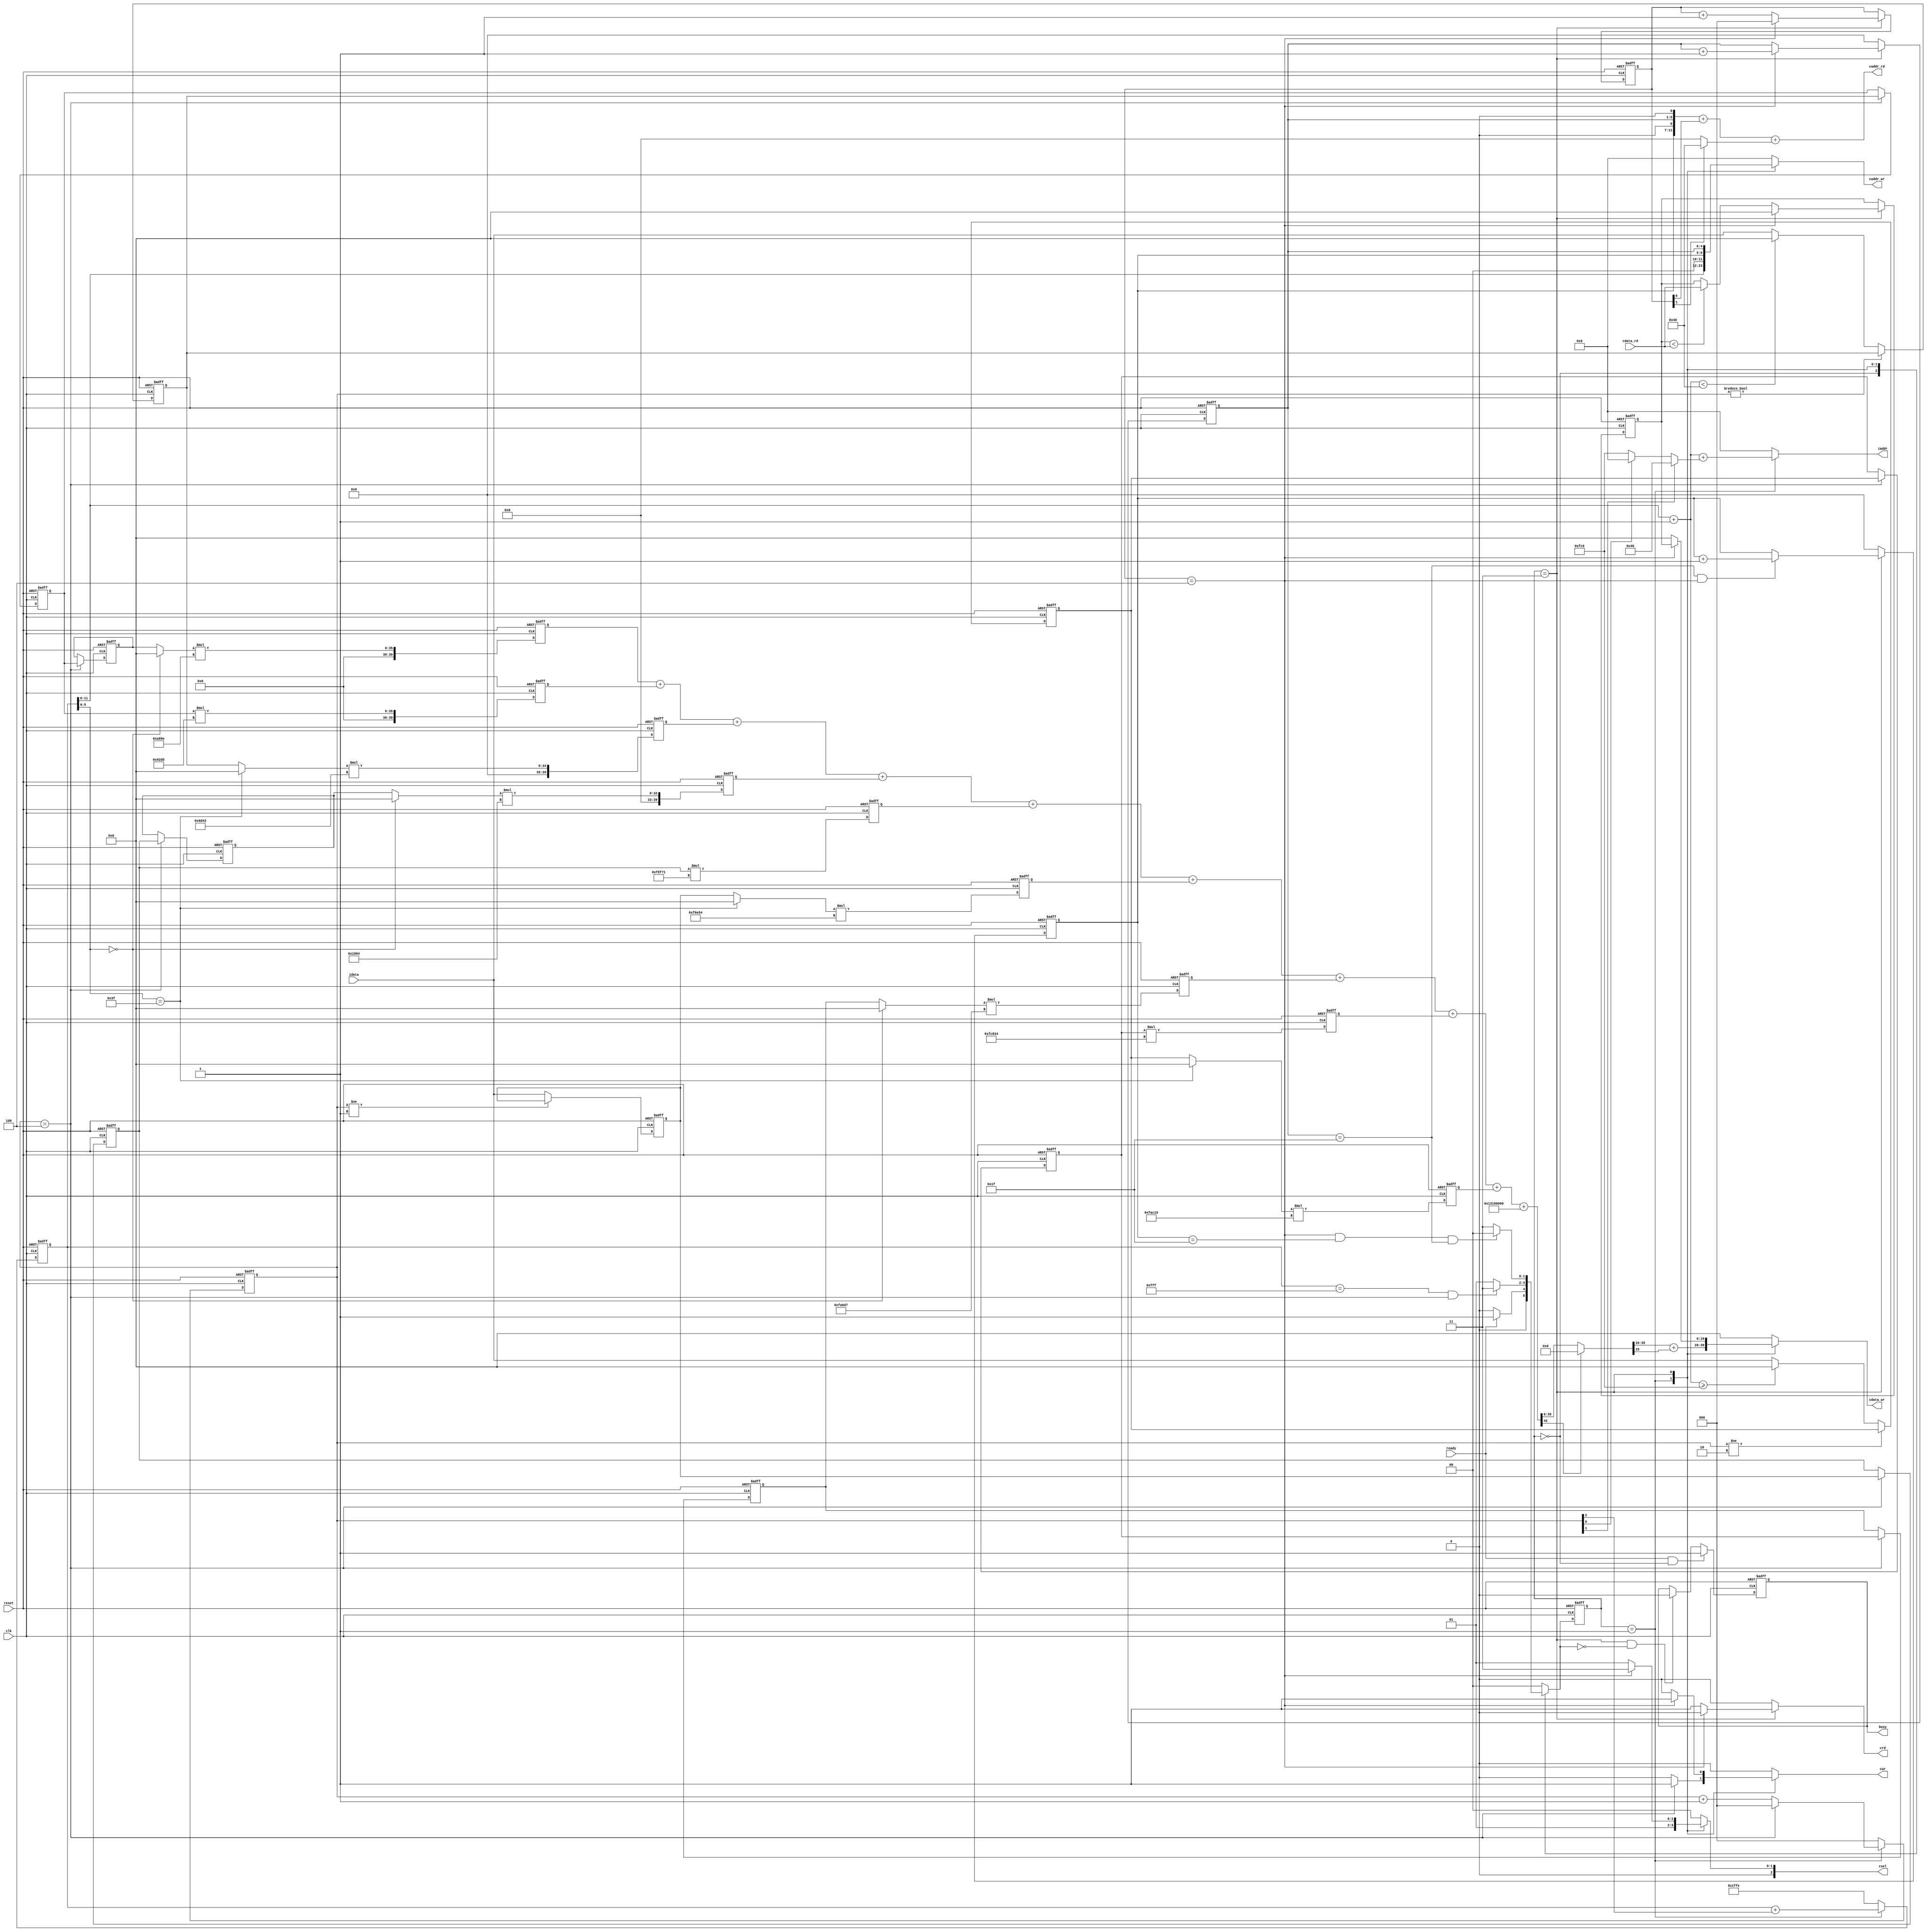

`timescale 1ns/10ps

module  CONV(
	input		clk,
	input		reset,
	output reg  busy,	
	input		ready,	
			
	output reg [11:0]iaddr,
	input [19:0]idata,	
	
	output reg	cwr,
	output reg [11:0]caddr_wr,
	output reg [19:0]cdata_wr,
	
	output	 	crd,
	output[11:0]caddr_rd,
	input [19:0]cdata_rd,
	
	output reg [2:0]csel
);

// --------------------------------------------------------
// share data
// --------------------------------------------------------
//reg cwr_0;
wire [11:0] caddr_wr_0;
wire [19:0] cdata_wr_0;
wire cwr_0, cwr_1;
//reg [2:0] csel_0;

wire eof_L1;
wire [2:0] csel_1;
wire [11:0]caddr_wr_1;
wire [19:0]cdata_wr_1;
reg [19:0]buffer_comp;

// -------------------------------------------------------
// reg & wire
// -------------------------------------------------------
reg signed [19:0] window[8:0];
wire signed [19:0]window_0[2:0];
wire signed [19:0]window_L[2:0]; //last
wire signed [42:0] sum;
wire signed [42:0] after_bias;
wire signed [42:0] Relu_result;
wire signed [19:0]final_result;

wire [11:0] offset;
wire [11:0] iaddr_temp;
reg  signed [39:0] sum_reg[8:0]; 

// cao
reg [2:0]state_cnt;
reg [4:0]row_cnt;
reg [4:0]col_cnt;
wire [11:0]temp;

// henry
reg [2:0] cnt;
reg [12:0] iaddr_cnt;

wire   eof_L0;
// -------------------------------------------------------
// parameter & genvar
// -------------------------------------------------------
parameter S_READY  = 2'b00;
parameter S_LAYER0 = 2'b01;
parameter S_LAYER1 = 2'b11;

parameter signed kernel_0 = 20'h0A89E;
parameter signed kernel_1 = 20'h092D5;
parameter signed kernel_2 = 20'h06D43;
parameter signed kernel_3 = 20'h01004;
parameter signed kernel_4 = 20'hF8F71;
parameter signed kernel_5 = 20'hF6E54;
parameter signed kernel_6 = 20'hFA6D7;
parameter signed kernel_7 = 20'hFC834;
parameter signed kernel_8 = 20'hFAC19;


reg [1:0] c_state,n_state;

genvar i;


// -------------------------------------------------------
// Design 
// -------------------------------------------------------
assign window_0[0] = (iaddr_cnt[5:0] == 'd0) ? 20'd0 :  window[0];
assign window_0[1] = (iaddr_cnt[5:0] == 'd0) ? 20'd0 :  window[3];
assign window_0[2] = (iaddr_cnt[5:0] == 'd0) ? 20'd0 :  window[6];

assign window_L[0] = (iaddr_cnt[5:0] == 'd63) ? 20'd0 :  window[2];
assign window_L[1] = (iaddr_cnt[5:0] == 'd63) ? 20'd0 :  window[5];
assign window_L[2] = (iaddr_cnt[5:0] == 'd63) ? 20'd0 :  window[8];

// =============================================================================
assign eof_L0 = (iaddr_cnt == 13'h0fff && cnt == 3'd4);  
assign after_bias = sum + {4'd0,20'h01310,16'd0}; 
assign Relu_result = (after_bias[42])? 43'd0: after_bias;
assign final_result = $signed(Relu_result[35:16]) + {19'd0,Relu_result[15]};
// =============================================================================
assign cwr_0 = (cnt == 3'd4) ? 1'b1 : 1'b0;
assign cdata_wr_0 = final_result;
assign caddr_wr_0 = iaddr_cnt;

wire [19:0] window_w[8:0];

assign {window_w[8],window_w[7],window_w[6],window_w[5],window_w[4],window_w[3],window_w[2],window_w[1],window_w[0]} = {window_L[2],window[7],window_0[2],window_L[1],window[4],window_0[1],window_L[0],window[1],window_0[0]};


assign sum = sum_reg[0] + sum_reg[1] + sum_reg[2]+ sum_reg[3]+ sum_reg[4]+ sum_reg[5]+ sum_reg[6]+ sum_reg[7]+ sum_reg[8];

always @(posedge clk or posedge reset) begin
    if (reset) begin
        sum_reg[0] <= 40'd0;       
        sum_reg[1] <= 40'd0;       
        sum_reg[2] <= 40'd0;       
        sum_reg[3] <= 40'd0;       
        sum_reg[4] <= 40'd0;       
        sum_reg[5] <= 40'd0;       
        sum_reg[6] <= 40'd0;       
        sum_reg[7] <= 40'd0;       
        sum_reg[8] <= 40'd0;       
    end
    else begin
        sum_reg[0] <= window_0[0]*kernel_0;
        sum_reg[1] <= window[1]*kernel_1;             
        sum_reg[2] <= window_L[0]*kernel_2; 
        sum_reg[3] <= window_0[1]*kernel_3; 
        sum_reg[4] <= window[4]*kernel_4; 
        sum_reg[5] <= window_L[1]*kernel_5; 
        sum_reg[6] <= window_0[2]*kernel_6;  
        sum_reg[7] <= window[7]*kernel_7; 
        sum_reg[8] <= window_L[2]*kernel_8; 
    end     
end


                                 
generate                         
for (i = 0; i < 9; i = i + 1) begin
    if (i == 2 || i == 5 || i == 8) begin
        always @(posedge clk or posedge reset) begin
            if (reset) window[i] <=  20'd0;
            else begin
                if (i == 2) begin
                    if (cnt != 2'd0) window[i] <= window[i];
                    else if (iaddr_temp < 12'd64) window[i] <= 20'd0;
                    else window[i] <= idata;
                end
                else if (i == 5) begin
                    if (cnt != 2'd1) window[i] <= window[i];
                    else window[i] <= idata;
                end 
                else if (i == 8) begin
                    if (cnt != 2'd2) window[i] <= window[i];
                    else if (iaddr_temp >= 12'd4032) window[i] <= 20'd0;
                    else window[i] <= idata;
                end
            end
        end
    end 
    else begin
        always @(posedge clk or posedge reset) begin
            if (reset) window[i] <=  20'd0;
            else if (cnt == 3'd4) window[i] <= window[i + 1];
            else window[i] <= window[i];
        end
    end
end
endgenerate 

always @(posedge clk or posedge reset) begin
    if (reset) cnt <= 3'd0;
    else begin
        case (c_state) 
            S_LAYER0 : cnt <= (cnt == 3'd4) ? 3'd0 : cnt + 3'd1;
            default : cnt <= 3'd0;
        endcase 
    end
end

always @(posedge clk or posedge reset) begin
    if (reset) iaddr_cnt <= 13'b111_1111_11_1110;
    else begin
        if (c_state == S_LAYER0) iaddr_cnt <= iaddr_cnt + {12'd0, cnt[2]};
        else iaddr_cnt <= 13'b111_1111_11_1110;
    end
end
//--------error-------------------------------------------

assign iaddr_temp = iaddr_cnt + 12'd1;
assign offset = (cnt[1]) ? 12'd64 : (cnt[0]) ? 12'd0: -12'd64;
always @(*) begin
    if (c_state == S_LAYER0) iaddr = iaddr_temp + offset; 
    else iaddr = 12'd0;
end


// -------------------------------------------------------
// Output 
// -------------------------------------------------------




//-------------FSM---------------------//
always@(posedge clk, posedge reset)begin
	if(reset)
		c_state <= S_READY;
	else
		c_state <= n_state;
end

always@(*)begin
	case(c_state)
	S_READY: if(ready) n_state = S_LAYER0; else n_state = S_READY;
	S_LAYER0:if(eof_L0) n_state = S_LAYER1; else n_state = S_LAYER0;
	S_LAYER1:if(eof_L1) n_state = S_READY;  else n_state = S_LAYER1;
	default: n_state = S_READY;
	endcase
end


//------------output block ----------//
always@(posedge clk, posedge reset)begin
	if(reset)
		busy <= 1'b0;
	else
		if(ready && c_state == S_READY)
			busy <= 1'b1;
		else if(c_state == S_LAYER1 && n_state == S_READY)
			busy <= 1'b0;
		else	
			busy <= busy;
end


//--------------share block -------------------------//
always@(*)begin
	case(c_state)
	S_LAYER0:csel = 3'b001;
	S_LAYER1:csel = csel_1;
	default: csel = 3'b0;
	endcase
end

always@(*)begin
	case(c_state)
	S_LAYER0:cwr = cwr_0;
	S_LAYER1:cwr = cwr_1;
	default: cwr = 1'b0;
	endcase
end

always@(*)begin
	case(c_state)
	S_LAYER0:caddr_wr = caddr_wr_0;
	S_LAYER1:caddr_wr = caddr_wr_1;
	default: caddr_wr = 12'b0;
	endcase
end

always@(*)begin
	case(c_state)
	S_LAYER0:cdata_wr = cdata_wr_0;
	S_LAYER1:cdata_wr = cdata_wr_1;
	default: cdata_wr = 20'b0;
	endcase
end

/*
reg [2:0]state_cnt;
reg [5:0]row_cnt;
reg [5:0]col_cnt;

*/

//--------------Layer 1 block -------------------------//
assign csel_1 = (state_cnt==3'd4)?3'b011:3'b001;
// read Layer 0 result
assign temp = (state_cnt[1])?12'd64: 12'd0;
assign crd = (c_state == S_LAYER1)?((state_cnt==3'd4)?1'b0:1'b1): 1'b0;
//wire [11:0] temp_rd;
//wire [5:0] temp_col;
//wire [5:0] temp_row;
//assign temp_col = col_cnt<<1;
//assign temp_row = row_cnt<<1;
//assign temp_rd = {temp_col,temp_row};
//assign temp_rd = {col_cnt,1'b0,row_cnt,1'b0};
assign caddr_rd = {col_cnt,1'b0,row_cnt,1'b0} + {11'b0,state_cnt[0]} + temp  ; //temp_rd + {11'b0,state_cnt[0]} + temp

// write back to Layer 1 result
assign cwr_1 = (c_state == S_LAYER1)?((state_cnt==3'd4)?1'b1:1'b0): 1'b0;
assign caddr_wr_1 = {1'b0, col_cnt, row_cnt};
assign cdata_wr_1 = (state_cnt==3'd4)?buffer_comp:20'b0;

assign eof_L1 = (state_cnt == 3'd4) & (col_cnt == 5'd31) & (row_cnt == 5'd31);
always@(posedge clk, posedge reset)begin
	if(reset)
		state_cnt <= 3'd0;
	else
		if(c_state == S_LAYER1)begin
			if(state_cnt == 3'd4)
				state_cnt <= 3'd0;
			else
				state_cnt <= state_cnt + 3'd1;
		end
end

// store element for compare result 
always@(posedge clk, posedge reset)begin
	if(reset)
		buffer_comp <= 2'b0;
	else
		if(c_state == S_LAYER1)begin
			if(state_cnt == 3'd4) begin
				buffer_comp <= 3'd0;
			end else begin
				if(buffer_comp < cdata_rd)
					buffer_comp <= cdata_rd;
				else
					buffer_comp <= buffer_comp;
			end
		end
end

// row counter
always@(posedge clk, posedge reset)begin
	if(reset)
		row_cnt <= 5'd0;
	else
		if(c_state == S_LAYER1)begin
			if(state_cnt == 3'd4) 
				row_cnt <= row_cnt + 5'd1;
		end
		else begin
			row_cnt <= 5'd0;
		end
end

// column counter
always@(posedge clk, posedge reset)begin
	if(reset)
		col_cnt <= 5'd0;
	else
		if(c_state == S_LAYER1)begin
			if(row_cnt == 5'd31 && state_cnt == 3'd4) 
				col_cnt <= col_cnt + 5'd1;
		end
		else begin
			col_cnt <= 5'd0;
		end
end




endmodule